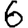
Digit: 6